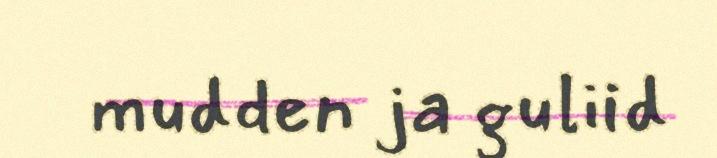
mudden ja guliid